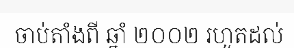
ចាប់តាំងពី ឆ្នាំ ២០០២ រហូតដល់